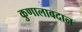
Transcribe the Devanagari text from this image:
कुणालावदान